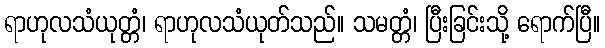
ရာဟုလသံယုတ္တံ၊ ရာဟုလသံယုတ်သည်။ သမတ္တံ၊ ပြီးခြင်းသို့ ရောက်ပြီ။